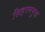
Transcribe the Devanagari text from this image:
सिहरननुमा